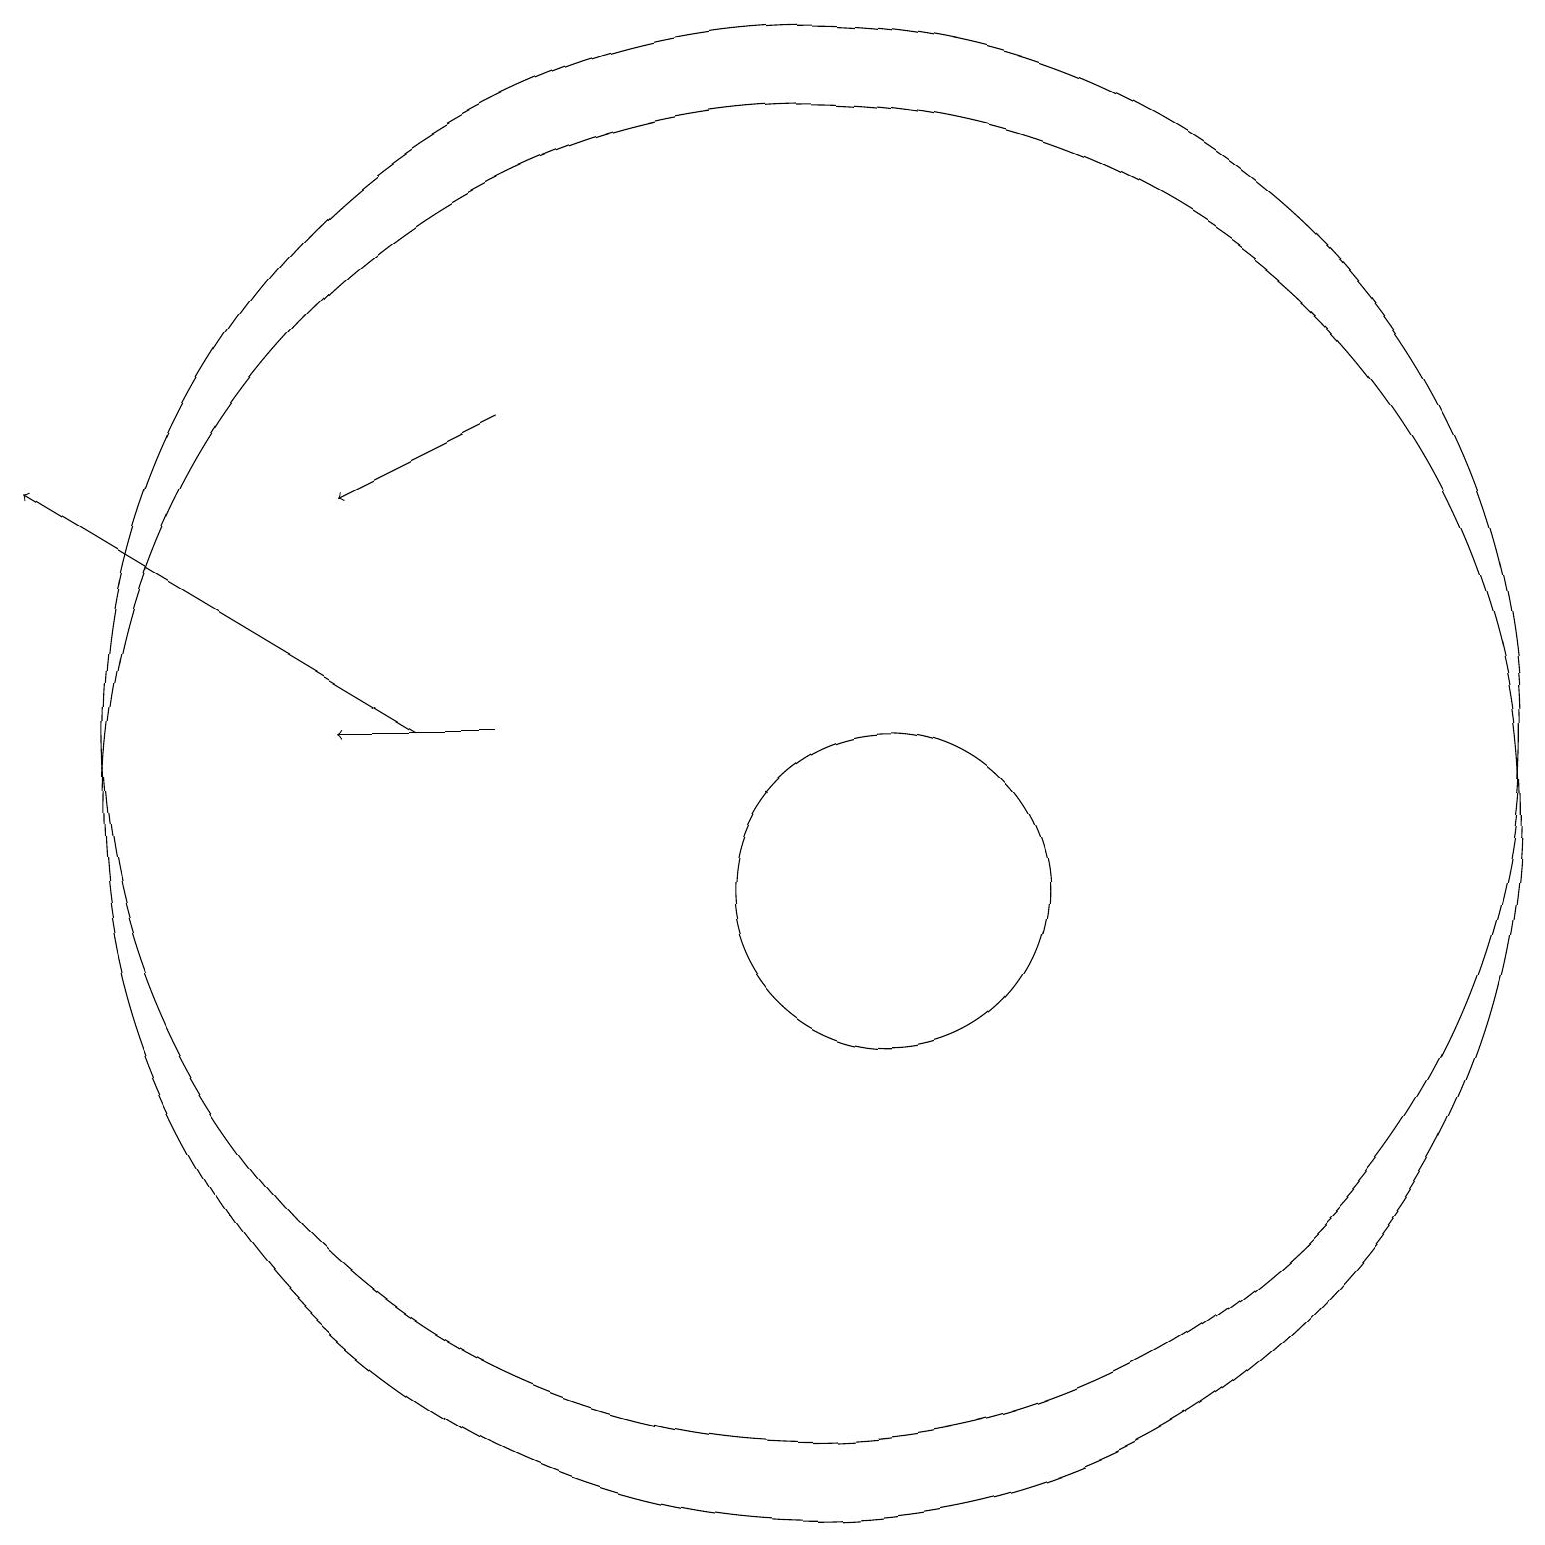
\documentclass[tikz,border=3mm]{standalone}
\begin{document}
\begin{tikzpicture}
\draw[->] (5,12) -- (0,15);
\draw (10,12) circle (9);
\draw[->] (6,12) -- (4,12);
\draw (10,11) circle (9);
\draw (11,10) circle (2);
\draw[->] (6,16) -- (4,15);
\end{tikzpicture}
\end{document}